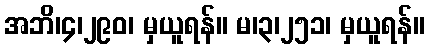
အဘိ၊၄၊၂၉၀၊ မှယူရန်။ မ၊၃၊၂၅၁၊ မှယူရန်။